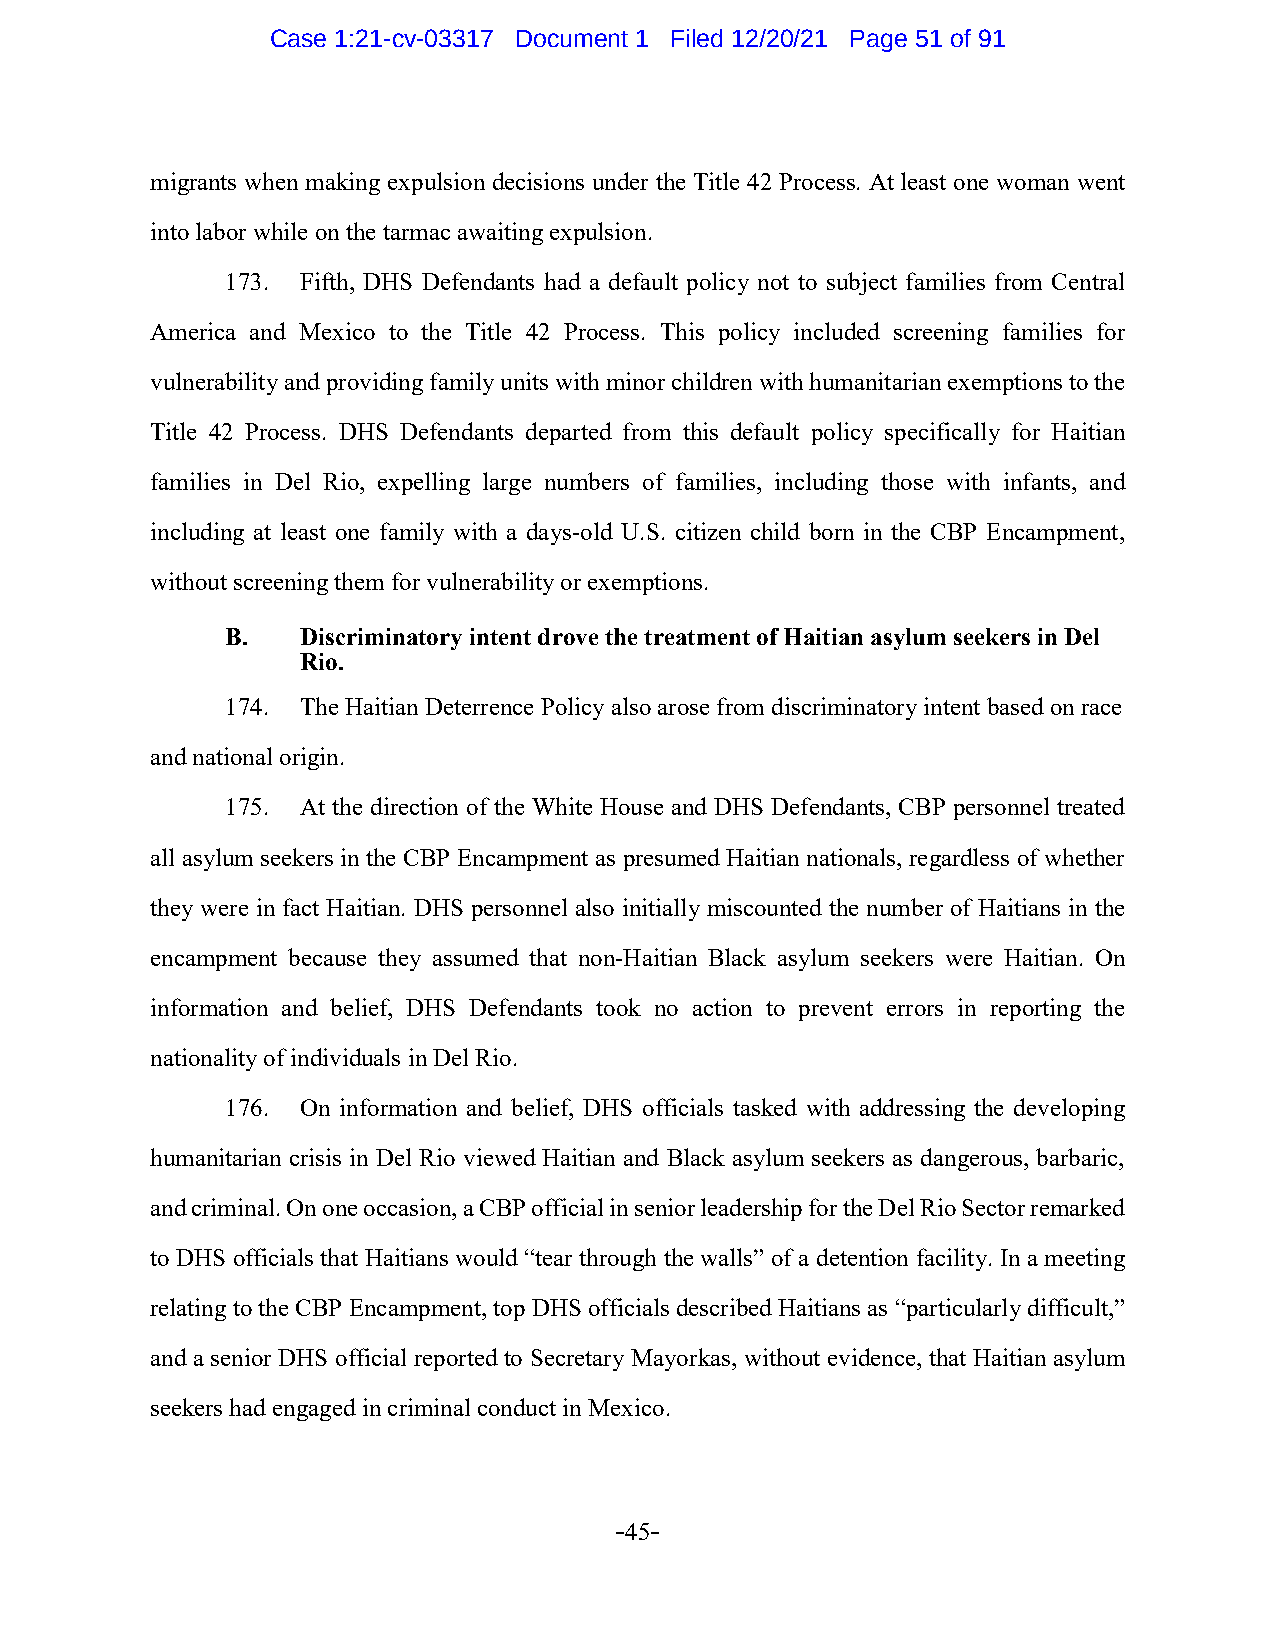
Case 1:21-cv-03317 Document 1 Filed 12/20/21 Page 51 of 91
 migrants when making expulsion decisions under the Title 42 Process. At least one woman went
 into labor while on the tarmac awaiting expulsion.
 173. Fifth, DHS Defendants had a default policy not to subject families from Central
 America and Mexico to the Title 42 Process. This policy included screening families for
 vulnerability and providing family units with minor children with humanitarian exemptions to the
 Title 42 Process. DHS Defendants departed from this default policy specifically for Haitian
 families in Del Rio, expelling large numbers of families, including those with infants, and
 including at least one family with a days-old U.S. citizen child born in the CBP Encampment,
 without screening them for vulnerability or exemptions.
 B.   Discriminatory intent drove the treatment of Haitian asylum seekers in Del
 Rio.
 174. The Haitian Deterrence Policy also arose from discriminatory intent based on race
 and national origin.
 175. At the direction of the White House and DHS Defendants, CBP personnel treated
 all asylum seekers in the CBP Encampment as presumed Haitian nationals, regardless of whether
 they were in fact Haitian. DHS personnel also initially miscounted the number of Haitians in the
 encampment because they assumed that non-Haitian Black asylum seekers were Haitian. On
 information and belief, DHS Defendants took no action to prevent errors in reporting the
 nationality of individuals in Del Rio.
 176. On information and belief, DHS officials tasked with addressing the developing
 humanitarian crisis in Del Rio viewed Haitian and Black asylum seekers as dangerous, barbaric,
 and criminal. On one occasion, a CBP official in senior leadership for the Del Rio Sector remarked
 to DHS officials that Haitians would “tear through the walls” of a detention facility. In a meeting
 relating to the CBP Encampment, top DHS officials described Haitians as “particularly difficult,”
 and a senior DHS official reported to Secretary Mayorkas, without evidence, that Haitian asylum
 seekers had engaged in criminal conduct in Mexico.
 -45-